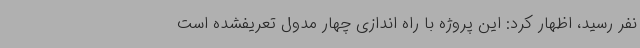
نفر رسید، اظهار کرد: این پروژه با راه اندازی چهار مدول تعریفشده است